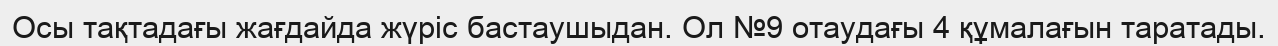
Осы тақтадағы жағдайда жүріс бастаушыдан. Ол №9 отаудағы 4 құмалағын таратады.